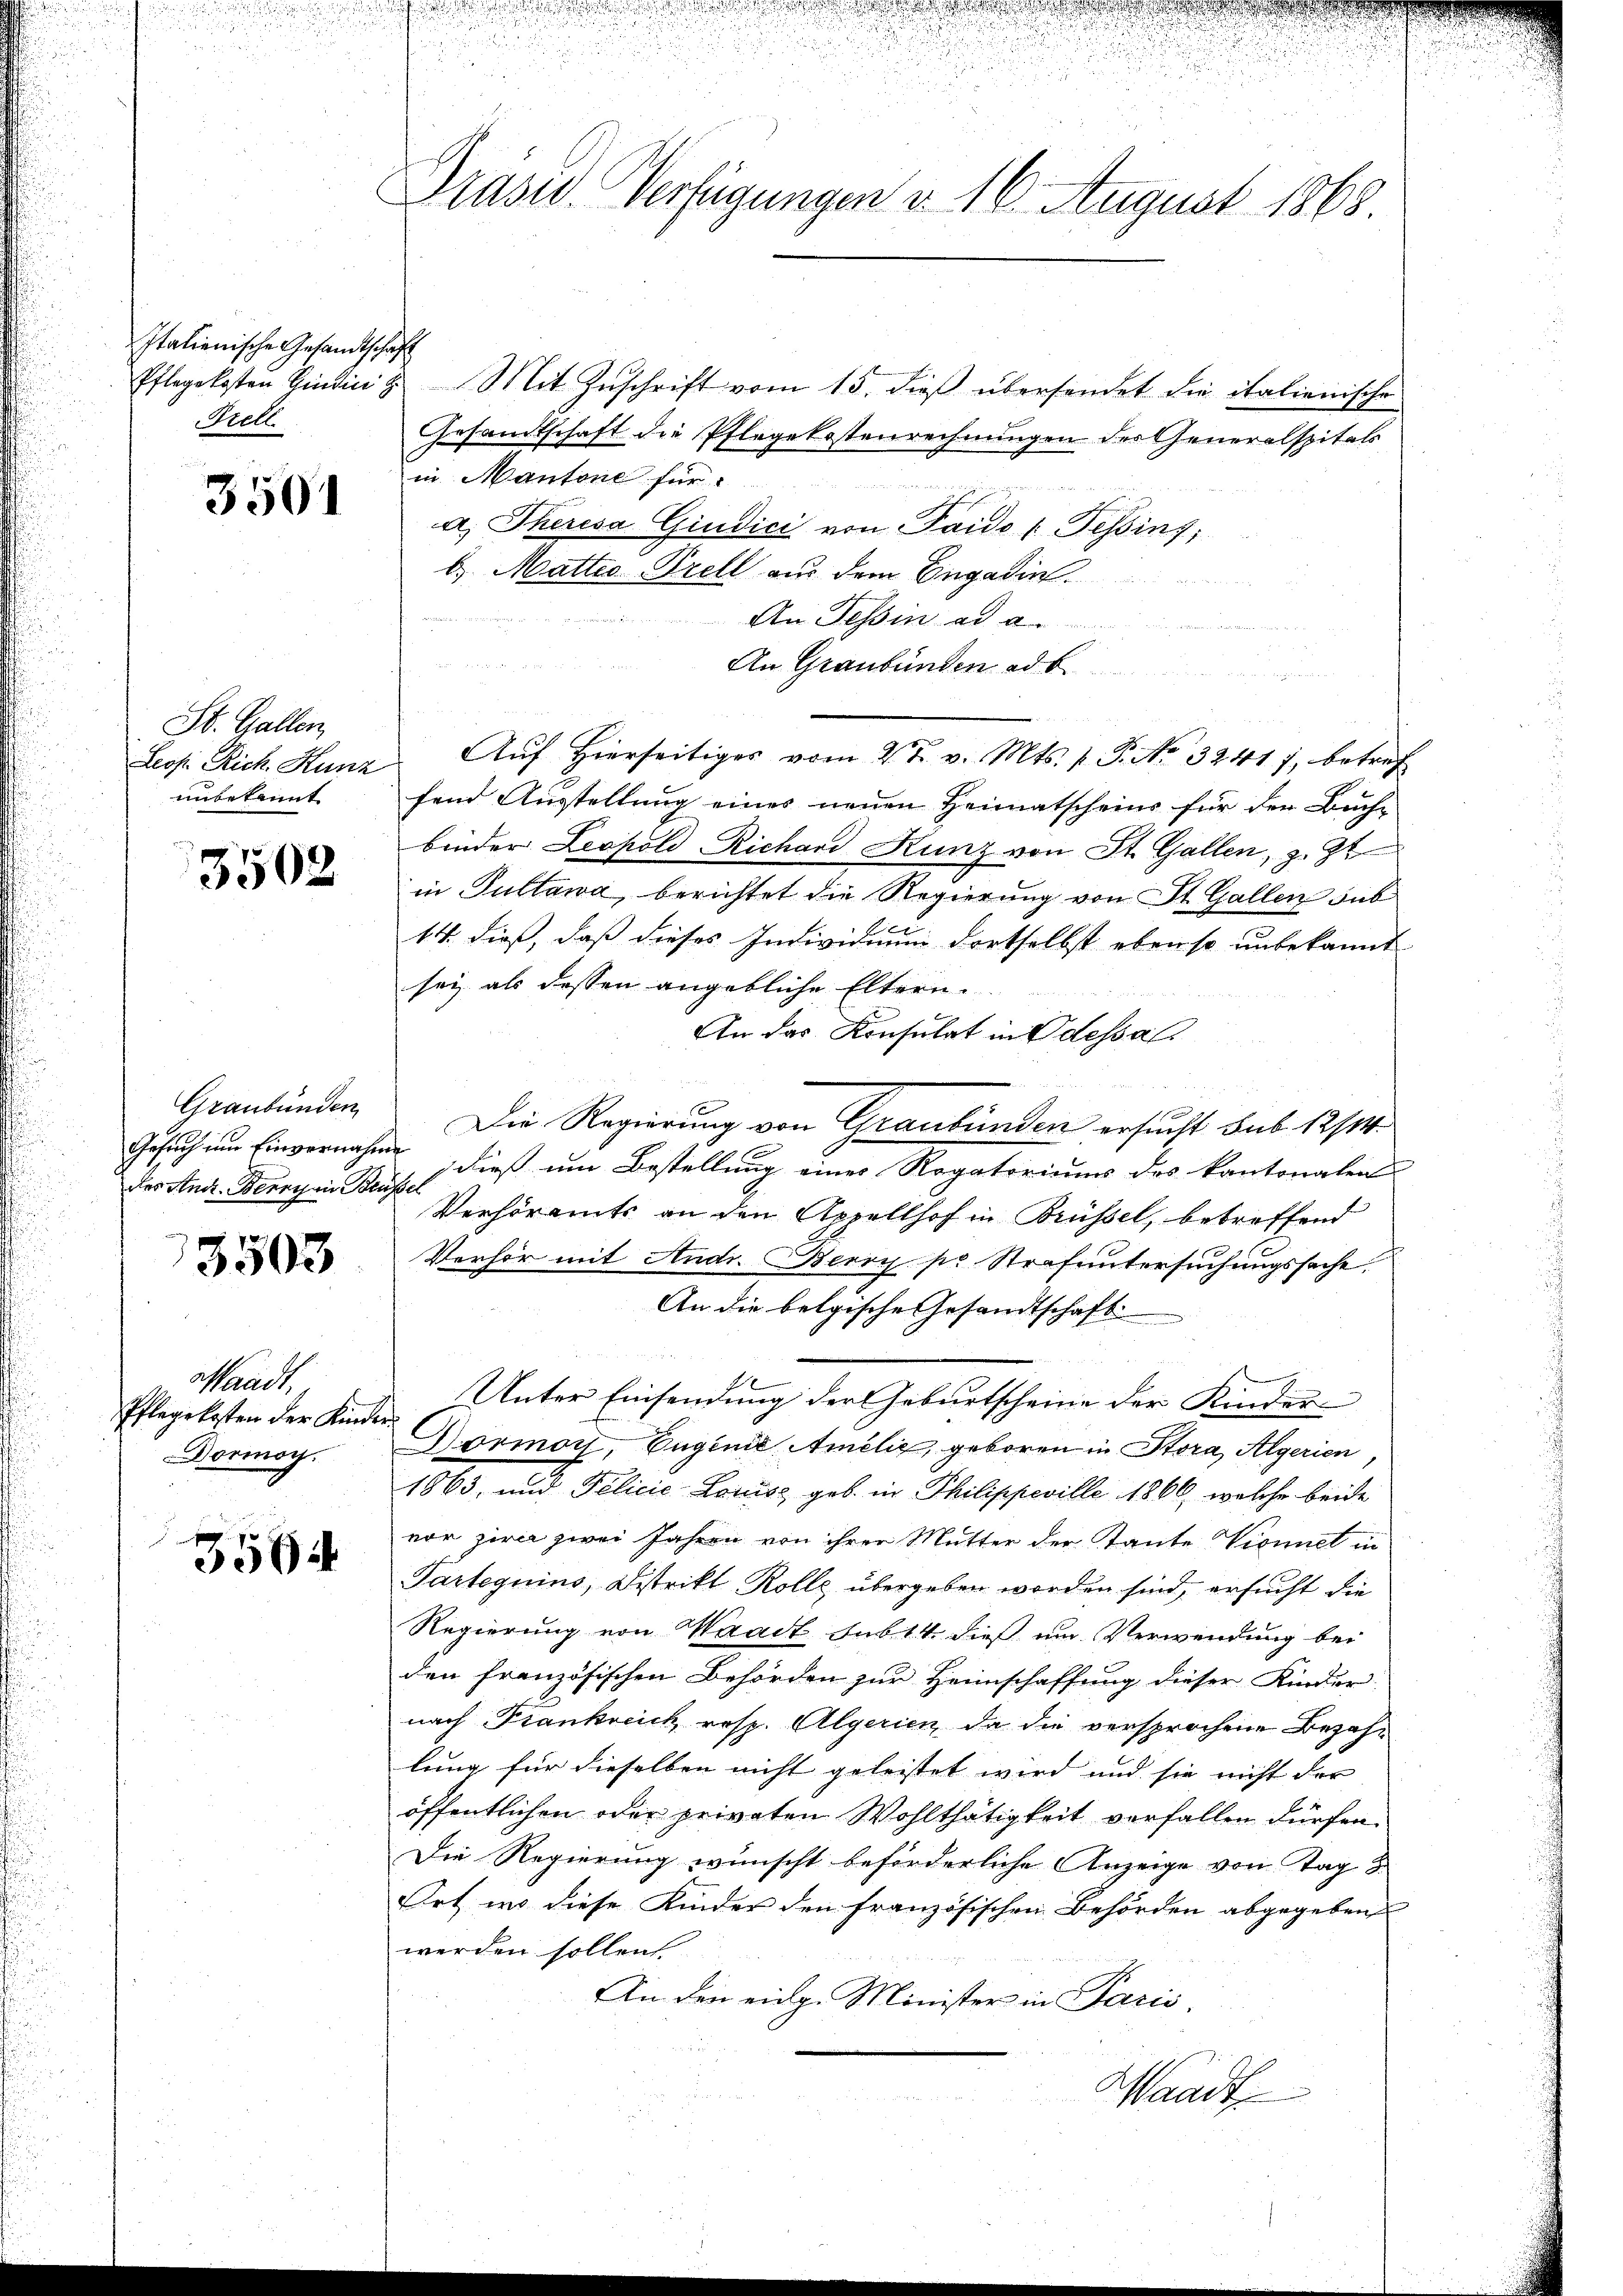
Italienische Gesandtschaft
Prell.

3501

St. Gallen
unbekannt.

3502

des And. Berry in Brüssel

3503

Waadt,
Pflegekosten der Kinder
Dormoy.

3564

Präsid. Verfügungen v. 16. August 1868.

Pflegekosten Hindin Mit Zŭschrift vom 15. dieβ übersendet die italienische
Gesandtschaft die Pflegekostenrechnungen des Generalspitals
in Mantone für
a. Theresa Giudici von Paido u. Tessing,
b. Matter-Prell aus dem Engadin

An Tessin ad a.
An Graubünden ad b
u
Leosi Rich Kunz Aŭf Hierseitiges vom 2 t v. Mts. v. P. No 32417, betref
fend Ausstellung eines neuen Heimatscheins für der Buch-
binder Leopold Richand Kunz von St. Gallen, z. Zt
in Pultawa, berichtet die Regierung von St. Gallen sub
14. dieß, daß dieses Individuum dortselbst ebenso unbekannt
sey als dessen angebliche Eltern.
An das Konsulat in Odessal
Graubünden Die Regierung von Graubünden ersucht sub 12/14.
Gesuch um Einvernahme dieß um Bestellung einer Rogatoriums des kantonalen
Verhöramts an den Appellhof in Brüssel, betreffend
Verhör mit Andr. Berry pr. Strafuntersuchungssache.
An die belgische Gesandtschaft
n
Unter Einsendung der Geburtscheine der Kinder
Gormor, Euginie Amelić, geboren in Stora, Algerien,
1863, und Pelicie Louise geb. in Philippeville 1866, welche beide
vor zwar zwei Jahren von ihrer Mutter der Tante Vionnet in
Parteguins, Distrikt Rolle übergeben worden sind, ersucht die
Regierung von Waadt sub 14. dieß um Verwendung bei
den französischen Behörden zur Heimschaffung dieser Kinder
nach Frankreich resp. Algerien, da die versprochene Bezahlung für dieselben nicht geleistet wird und sie nicht der
öffentlichen oder privaten Wohlthätigkeit verfallen dürfen.
Die Regierung wünscht beförderliche Anzeige von Tag d
Ort, wo diese Kinder den französischen Behörden abgegeben
werden sollen
An den eidg. Minister in Paris
Waadt